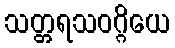
သတ္တရသဝဂ္ဂိယေ